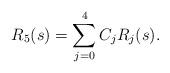
LaTeX: \begin{align*}R_5(s) = \sum_{j=0}^4 C_j R_j(s).\end{align*}